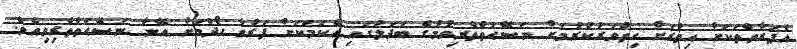
އެފަރާތްތަކަށް އިތުރަށް ހިތްވަރުކުރުމަށް ނަސޭޙަތްތެރިވުމުގެ ބަދަލުގައި އެކަމަކަށް ފަރުވާ ހޯދުމަށް އޭނާ ނަސޭޙަތްތެރިވިއެވެ.